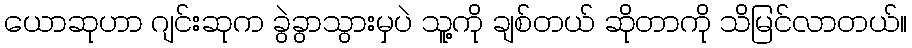
ယောဆုဟာ ဂျင်းဆုက ခွဲခွာသွားမှပဲ သူ့ကို ချစ်တယ် ဆိုတာကို သိမြင်လာတယ်။